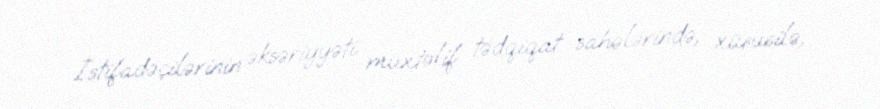
İstifadəçilərinin əksəriyyəti müxtəlif tədqiqat sahələrində, xüsusilə,